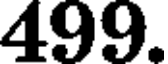
499.